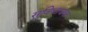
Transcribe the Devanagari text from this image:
सुविधाजक